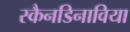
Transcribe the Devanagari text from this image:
स्कैनडिनाविया